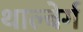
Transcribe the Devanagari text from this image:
थाल्बेर्ग